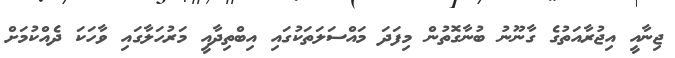
ޖިނާއީ އިޖުރާއަތުގެ ގާނޫނު ބުނާގޮތުން މިފަދަ މައްސަލަތަކުގައި އިބްތިދާއީ މަރުހަލާގައި ވާހަކަ ދެއްކުމަށް